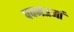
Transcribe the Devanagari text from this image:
पवनऊर्जा